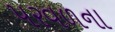
પરવળના